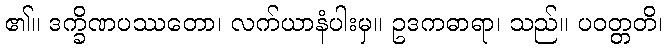
၏။ ဒက္ခိဏပဿတော၊ လက်ယာနံပါးမှ။ ဥဒကဓာရာ၊ သည်။ ပဝတ္တတိ၊